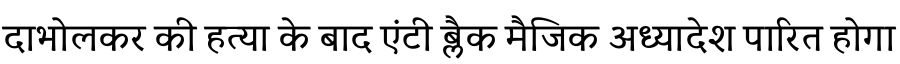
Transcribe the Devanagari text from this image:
दाभोलकर की हत्या के बाद एंटी ब्लैक मैजिक अध्यादेश पारित होगा